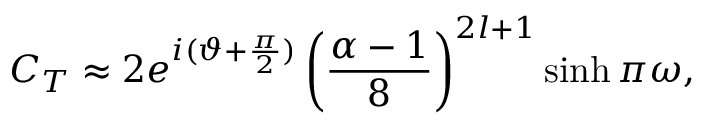
C _ { T } \approx 2 e ^ { i ( \vartheta + \frac { \pi } { 2 } ) } \left( \frac { \alpha - 1 } { 8 } \right) ^ { 2 l + 1 } \sinh \pi \omega ,